Indian journal of veterinary science and animal husbandry - Volume 13,
Year: 1943
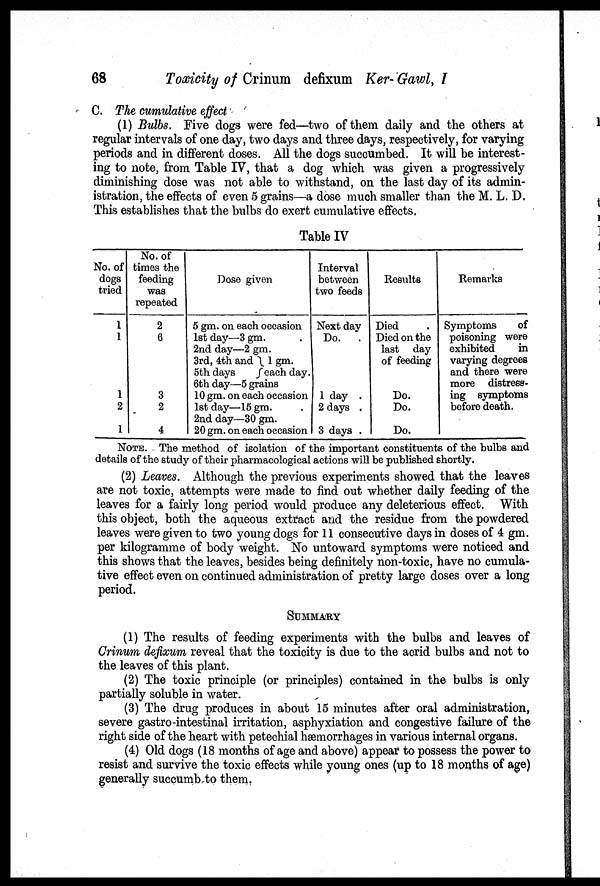
68
Toxicity of Crinum defixum Ker- Gawl, I
C. The cumulative effect
(1) Bulbs. Five dogs were fed—two of them daily and the others at
regular intervals of one day, two days and three days, respectively, for varying
periods and in different doses. All the dogs succumbed. It will be interest-
ing to note, from Table IV, that a dog which was given a progressively
diminishing dose was not able to withstand, on the last day of its admin-
istration, the effects of even 5 grains—a dose much smaller than the M. L. D.
This establishes that the bulbs do exert cumulative effects.
Table IV
No. of
dogs
tried
1
1
1
2
1
No. of
times the
feeding
was
repeated
2
6
3
2
4
Dose given
5 gm. on each occasion
1st day—3 gm.
2nd day—2 gm.
3rd, 4th and 1 gm.
5th days }each day.
6th day—5 grains
10 gm. on each occasion
1st day—15 gm.
2nd day—30 gm.
20 gm. on each occasion
Interval
between
two feeds
Next day
Do. .
1 day .
2 days .
3 days .
Results
Died
Died on the
last day
of feeding
Do.
Do.
Do.
Remarks
Symptoms
of
poisoning were
exhibited
in
varying degrees
and there were
more distress-
ing symptoms
before death.
NOTE. The method of isolation of the important constituents of the bulbs and
details of the study of their pharmacological actions will be published shortly.
(2) Leaves. Although the previous experiments showed that the leaves
are not toxic, attempts were made to find out whether daily feeding of the
leaves for a fairly long period would produce any deleterious effect. With
this object, both the aqueous extract and the residue from the powdered
leaves were given to two young dogs for 11 consecutive days in doses of 4 gm.
per kilogramme of body weight. No untoward symptoms were noticed and
this shows that the leaves, besides being definitely non-toxic, have no cumula-
tive effect even on continued administration of pretty large doses over a long
period.
SUMMARY
(1) The results of feeding experiments with the bulbs and leaves of
Crinum defixum reveal that the toxicity is due to the acrid bulbs and not to
the leaves of this plant.
(2) The toxic principle (or principles) contained in the bulbs is only
partially soluble in water.
(3) The drug produces in about 15 minutes after oral administration,
severe gastro-intestinal irritation, asphyxiation and congestive failure of the
right side of the heart with petechial hæmorrhages in various internal organs.
(4) Old dogs (18 months of age and above) appear to possess the power to
resist and survive the toxic effects while young ones (up to 18 months of age)
generally succumb to them.